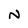
Character: N